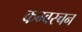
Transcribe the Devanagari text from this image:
कम्बस्चन